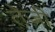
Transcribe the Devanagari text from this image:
ते़ज़ी